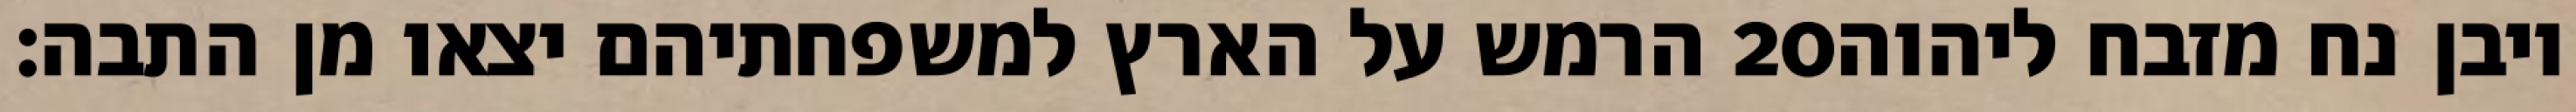
הרמש על הארץ למשפחתיהם יצאו מן התבה׃ ‎20‏ ויבן נח מזבח ליהוה